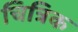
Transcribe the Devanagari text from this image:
चित्रिक